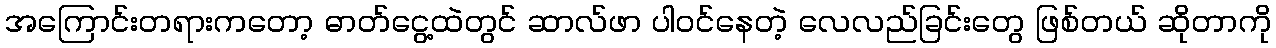
အကြောင်းတရားကတော့ ဓာတ်ငွေ့ထဲတွင် ဆာလ်ဖာ ပါဝင်နေတဲ့ လေလည်ခြင်းတွေ ဖြစ်တယ် ဆိုတာကို